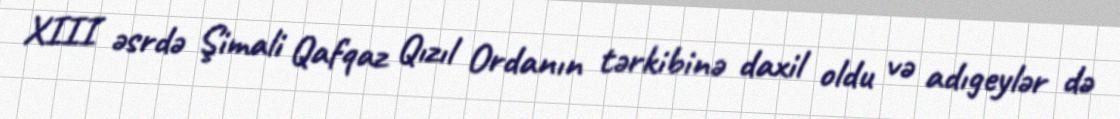
XIII əsrdə Şimali Qafqaz Qızıl Ordanın tərkibinə daxil oldu və adıgeylər də